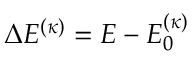
\Delta E ^ { ( \kappa ) } = E - E _ { 0 } ^ { ( \kappa ) }